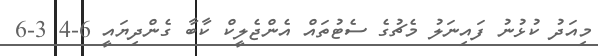
މިއަދު ކުޅުނު ފައިނަލު މެޗުގެ ސެޓުތައް އެންޖެލީކް ކާބާ ގެންދިޔައީ 6-4 3-6